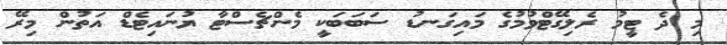
މި ދެ ޓީމު ރެލިގޭޓްވުމުގެ މައިގަނޑު ސަބަބަކީ މެންޗެސްޓާ ޔުނައިޓެޑް އަތުން މިރޭ